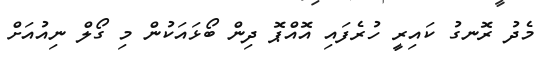
މެދު ރޮނގު ކައިރީ ހުރެފައި އޮއްޕޮ ދިން ބޯޅައަކުން މި ގޯލް ނިއުއަށް